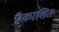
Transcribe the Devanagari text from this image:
प्राकाशित